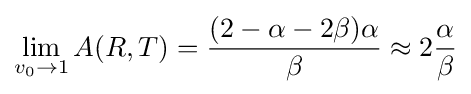
\lim _{v_{0}\to 1}A(R,T)={\frac {(2-\alpha -2\beta )\alpha }{\beta }}\approx 2{\frac {\alpha }{\beta }}